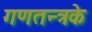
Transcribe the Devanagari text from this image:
गणतन्त्रके